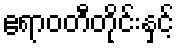
ဧရာဝတီတိုင်းနှင့်